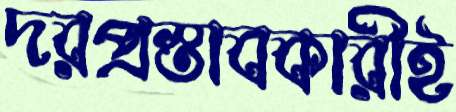
দরপ্রস্তাবকারীই